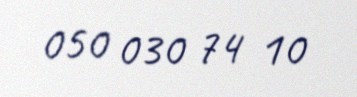
050 030 74 10